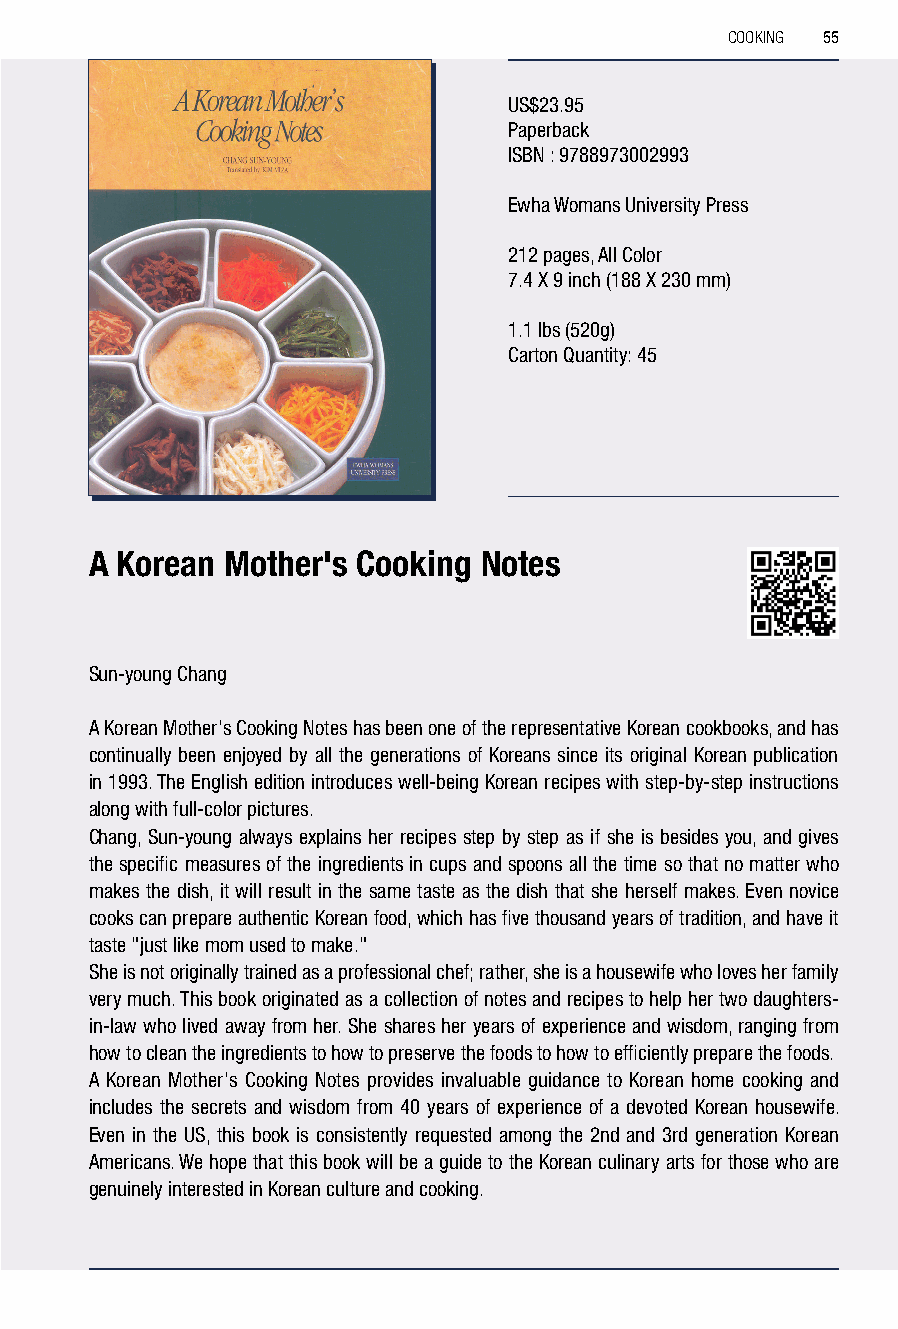
COOKING 55
 US$23.95
 Paperback
 ISBN : 9788973002993
 Ewha Womans University Press
 212 pages, All Color
 7.4 X 9 inch (188 X 230 mm)
 1.1 lbs (520g)
 Carton Quantity: 45
 A Korean Mother's Cooking Notes
 Sun-young Chang
 A Korean Mother's Cooking Notes has been one of the representative Korean cookbooks, and has
 continually been enjoyed by all the generations of Koreans since its original Korean publication
 in 1993. The English edition introduces well-being Korean recipes with step-by-step instructions
 along with full-color pictures.
 Chang, Sun-young always explains her recipes step by step as if she is besides you, and gives
 the specific measures of the ingredients in cups and spoons all the time so that no matter who
 makes the dish, it will result in the same taste as the dish that she herself makes. Even novice
 cooks can prepare authentic Korean food, which has five thousand years of tradition, and have it
 taste "just like mom used to make."
 She is not originally trained as a professional chef; rather, she is a housewife who loves her family
 very much. This book originated as a collection of notes and recipes to help her two daughters-
 in-law who lived away from her. She shares her years of experience and wisdom, ranging from
 how to clean the ingredients to how to preserve the foods to how to efficiently prepare the foods.
 A Korean Mother's Cooking Notes provides invaluable guidance to Korean home cooking and
 includes the secrets and wisdom from 40 years of experience of a devoted Korean housewife.
 Even in the US, this book is consistently requested among the 2nd and 3rd generation Korean
 Americans. We hope that this book will be a guide to the Korean culinary arts for those who are
 genuinely interested in Korean culture and cooking.